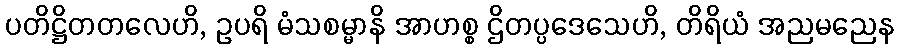
ပတိဋ္ဌိတတလေဟိ, ဥပရိ မံသစမ္မာနိ အာဟစ္စ ဌိတပ္ပဒေသေဟိ, တိရိယံ အညမညေန